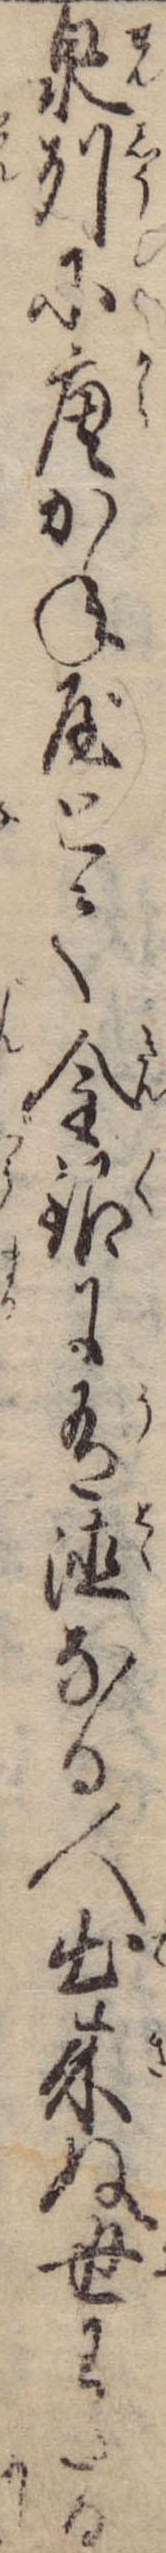
泉州に唐かね屋とて金銀に有徳なる人出来ぬ世わたる